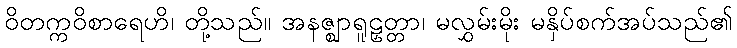
ဝိတက္ကဝိစာရေဟိ၊ တို့သည်။ အနဇ္ဈာရူဠှတ္တာ၊ မလွှမ်းမိုး မနှိပ်စက်အပ်သည်၏